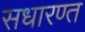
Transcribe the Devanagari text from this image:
सधारण्त